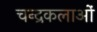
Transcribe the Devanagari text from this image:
चन्द्रकलाओं